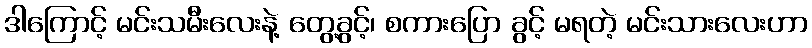
ဒါကြောင့် မင်းသမီးလေးနဲ့ တွေ့ခွင့်၊ စကားပြော ခွင့် မရတဲ့ မင်းသားလေးဟာ